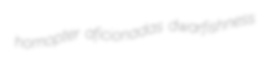
homopter aficionadas dwarfishness